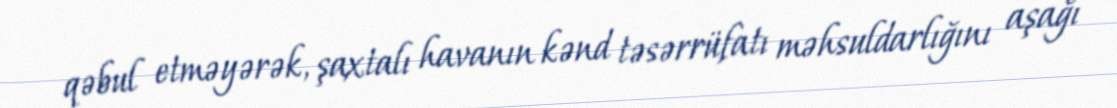
qəbul etməyərək, şaxtalı havanın kənd təsərrüfatı məhsuldarlığını aşağı